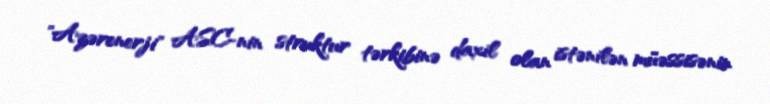
"Azərenerji" ASC-nin struktur tərkibinə daxil olan istənilən müəssisənin